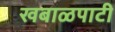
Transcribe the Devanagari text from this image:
खबाळपाटी